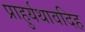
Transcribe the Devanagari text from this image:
प्राहुर्यथावदिह